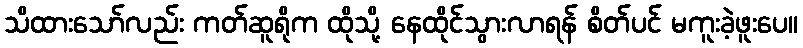
သိထားသော်လည်း ကတ်ဆူရိုက ထိုသို့ နေထိုင်သွားလာရန် စိတ်ပင် မကူးခဲ့ဖူးပေ။